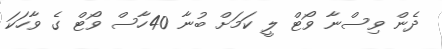
ދެން ވިސްނާ ވޯޓް ލީ ކަމަށް ބުނާ 40ހާސް ވޯޓް ގެ ވާހަކަ